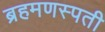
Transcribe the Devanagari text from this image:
ब्रहमणस्पती